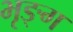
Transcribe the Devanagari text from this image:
भृङ्ग